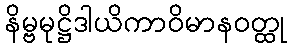
နိမ္ဗမုဋ္ဌိဒါယိကာဝိမာနဝတ္ထု